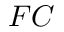
F C